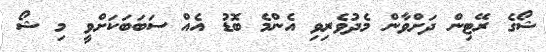
ޝޯގެ ރޭޓިން ދަށްވާން މެދުވެރިވި އެންމެ ބޮޑު އެއް ސަބަބަކަށްވީ މި ޝޯ